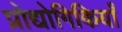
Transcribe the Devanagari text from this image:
प्रोद्योगिकियाँ